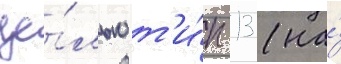
це́лью т'и́п 13 (на́